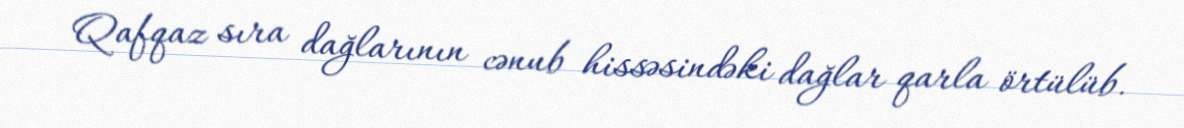
Qafqaz sıra dağlarının cənub hissəsindəki dağlar qarla örtülüb.